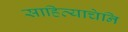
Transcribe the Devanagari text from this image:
साहित्याचेनि